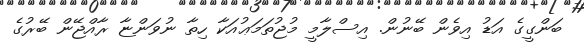
ބަންގީގެ އަޑު އިވެން ބޭނުން. އިސްލާމީ މުޖުތަމަޢުއަކާ ހިތާ ނުވަންޏާ ރާއްޖޭން ބޭރުގެ